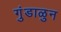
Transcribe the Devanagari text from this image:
गुंडाळुन